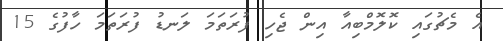
އެ މެޗުގައި ކޮލޮމްބިއާ އިން ޖެހި ފުރަތަމަ ލަނޑު ފުރަތަމަ ހާފުގެ 15